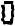
0